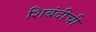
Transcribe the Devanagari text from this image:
शिबंदीची